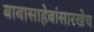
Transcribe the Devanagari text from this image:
बाबासाहेबांसारखेच